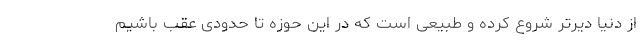
از دنیا دیرتر شروع کرده و طبیعی است که در این حوزه تا حدودی عقب باشیم